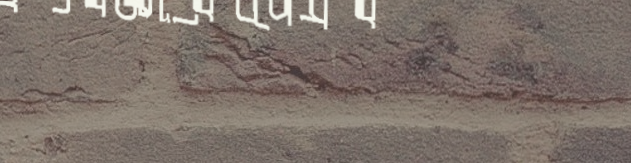
مطعم مأكولات سورية تقليدي